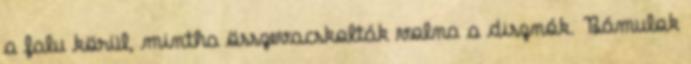
a falu körül, mintha összevacskolták volna a disznók. Bámulok